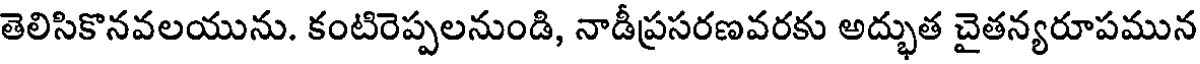
తెలిసికొనవలయును. కంటిరెప్పలనుండి, నాడీప్రసరణవరకు అద్భుత చైతన్యరూపమున